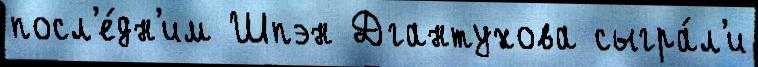
посл'е́дн'им Шпэн Дгантухова сыгра́л'и